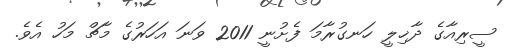
ސީރިއާގެ ދާޚިލީ ހަނގުރާމަ ފެށުނީ 2011 ވަނަ އަހަރުގެ މާޗް މަހު އެވެ.